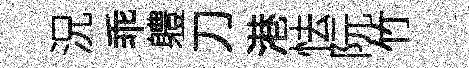
況乖軆刀港怯阮竹